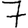
Digit: 7